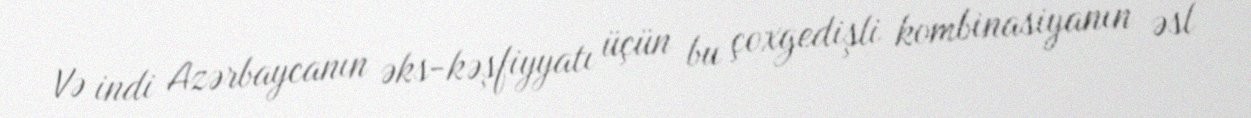
Və indi Azərbaycanın əks-kəşfiyyatı üçün bu çoxgedişli kombinasiyanın əsl